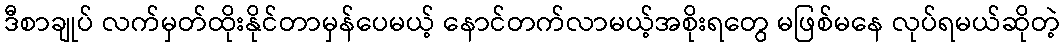
ဒီစာချုပ် လက်မှတ်ထိုးနိုင်တာမှန်ပေမယ့် နောင်တက်လာမယ့်အစိုးရတွေ မဖြစ်မနေ လုပ်ရမယ်ဆိုတဲ့